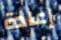
إعادة